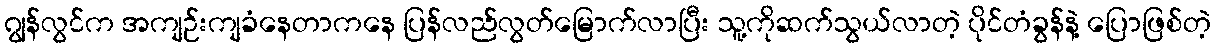
ဂျွန်လွင်က အကျဉ်းကျခံနေတာကနေ ပြန်လည်လွတ်မြောက်လာပြီး သူ့ကိုဆက်သွယ်လာတဲ့ ပိုင်တံခွန်နဲ့ ပြောဖြစ်တဲ့